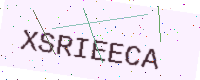
Text: XSRIEECA